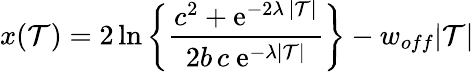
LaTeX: x(\mathcal{T})=2{\, \mathrm{{ln}}}\left\{ {\frac{{c^{2}+\mathrm{{e}}^{-2\lambda\, |\mathcal{T}|}}}{{2b\, c\ \mathrm{{e}}^{-\lambda|\mathcal{T}|}}}}\right\} -w_{off}|\mathcal{T}|